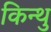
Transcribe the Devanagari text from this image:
किन्थु